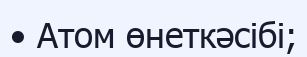
• Атом өнеткәсібі;